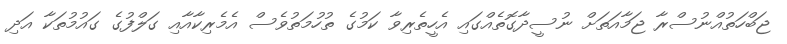
ޖަބްހަތުއްނުސްރާ ޖަމާއަތަށް ނުސީދާގޮތެއްގައި އެހީތެރިވާ ކަމުގެ ތުހުމަތުވެސް އެމެރިކާއާއި ގަލްފުގެ ގައުމުތަކާ އަދި